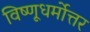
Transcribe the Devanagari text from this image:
विष्णूधर्मोत्तर